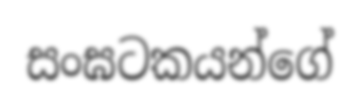
සංඝටකයන්ගේ